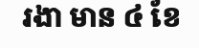
រងា មាន ៤ ខែ